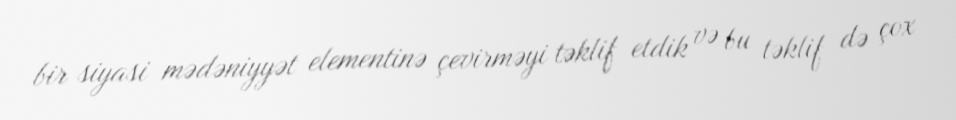
bir siyasi mədəniyyət elementinə çevirməyi təklif etdik və bu təklif də çox